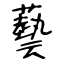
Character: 藝